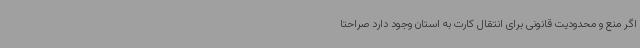
اگر منع و محدودیت قانونی برای انتقال کارت به استان وجود دارد صراحتا